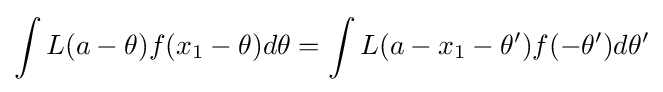
\int L(a-\theta )f(x_{1}-\theta )d\theta =\int L(a-x_{1}-\theta ')f(-\theta ')d\theta '